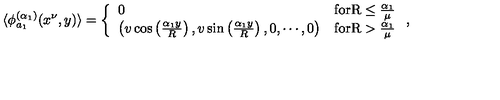
\langle \phi _ { a _ { 1 } } ^ { ( \alpha _ { 1 } ) } ( x ^ { \nu } , y ) \rangle = \left\{ \begin{array} { l r } { 0 } & { \mathrm { f o r R \leq \frac { \alpha _ 1 } { \mu } } } \\ { \left( v \cos \left( \frac { \alpha _ { 1 } y } { R } \right) , v \sin \left( \frac { \alpha _ { 1 } y } { R } \right) , 0 , \cdots , 0 \right) } & { \mathrm { f o r R > \frac { \alpha _ 1 } { \mu } } } \\ \end{array} \right. ,